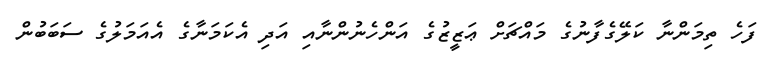
ފަހެ ތިމަންނާ ކަލޭގެފާނުގެ މައްޗަށް ޢަޒީޒުގެ އަންހެނުންނާއި އަދި އެކަމަނާގެ އެއަމަލުގެ ސަބަބުން